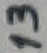
Text: 13